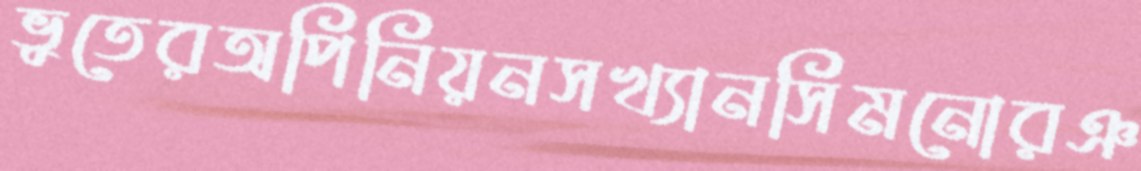
ভুতেরঅপিনিয়নসখ্যানসিমনোরঞ